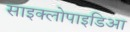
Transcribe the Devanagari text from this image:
साइक्लोपाइडिआ